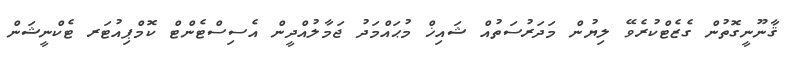
ޤާނޫނީގޮތުން ގެޒެޓްކުރެވޭ ލިޔުން މަދަރުސަތުއް ޝައިޚް މުޙައްމަދު ޖަމާލުއްދީން އެސިސްޓެންޓް ކޮމްޕިއުޓަރ ޓެކްނީޝަން